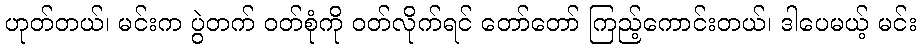
ဟုတ်တယ်၊ မင်းက ပွဲတက် ဝတ်စုံကို ဝတ်လိုက်ရင် တော်တော် ကြည့်ကောင်းတယ်၊ ဒါပေမယ့် မင်း